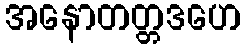
အနောတတ္တဒဟေ